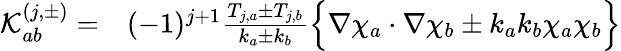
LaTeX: \begin{array}{rl}{\mathcal{K}_{ab}^{(j,\pm)}=}&{{}(-1)^{j+1}\frac{T_{j,a}\pm T_{j,b}}{k_{a}\pm k_{b}}\Bigl\{ \nabla\chi_{a}\cdot\nabla\chi_{b}\pm k_{a}k_{b}\chi_{a}\chi_{b}\Bigl\} }\end{array}